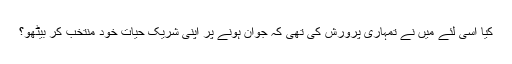
کیا اسی لئے میں نے تمہاری پرورش کی تھی کہ جوان ہونے پر اپنی شریک حیات خود منتخب کر بیٹھو؟